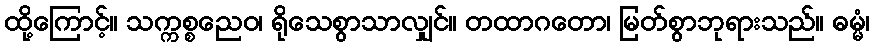
ထို့ကြောင့်။ သက္ကစ္စညေဝ၊ ရိုသေစွာသာလျှင်။ တထာဂတော၊ မြတ်စွာဘုရားသည်။ ဓမ္မံ၊